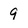
Character: 9